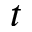
t